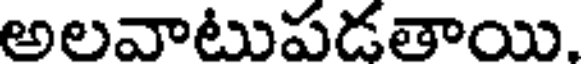
అలవాటుపడతాయి.